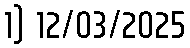
1) 12/03/2025